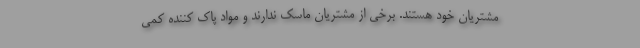
مشتریان خود هستند. برخی از مشتریان ماسک ندارند و مواد پاک کننده کمی